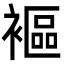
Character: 䙔